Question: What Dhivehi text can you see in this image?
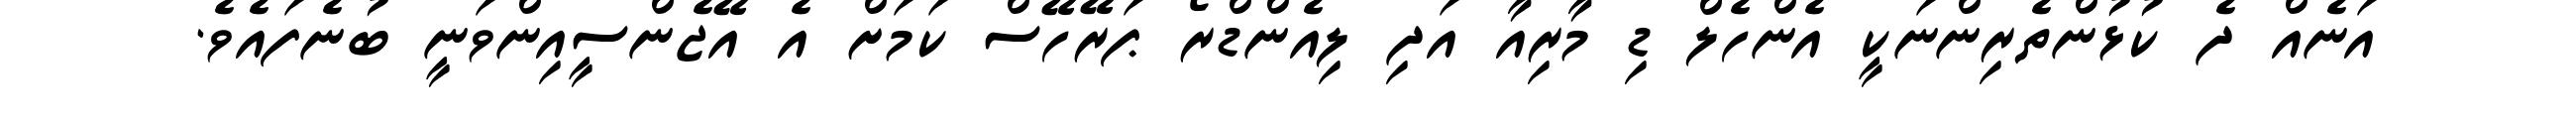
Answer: އަނެއް ދެ ކުޅުންތެރިންނަކީ އެންހެލް ޑި މާރިއާ އަދި ލިއެންޑްރޯ ޕަރޭހޭސް ކަމަށް އެ އޭޖެންސީއިންވަނީ ބުނެފައެވެ.